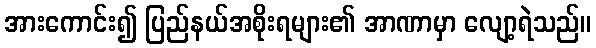
အားကောင်း၍ ပြည်နယ်အစိုးရများ၏ အာဏာမှာ လျော့ရဲသည်။